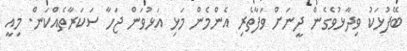
ބޭފުޅަކު ވިދާޅުވެގެން ދީނަށް ވަފާތެރި އެންމެން މަޅި އަޅުވަން ޖަހާ ސަކަރާތެއްކަން. މިއީ